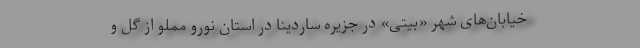
خیابان‌های شهر «بیتی» در جزیره ساردینا در استان نورو مملو از گل و